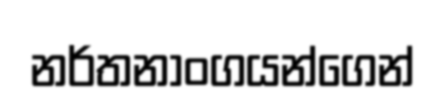
නර්තනාංගයන්ගෙන්